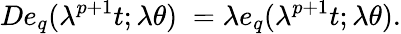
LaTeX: De_{q}(\lambda^{p+1}t;\lambda\theta)\; =\lambda e_{q}(\lambda^{p+1}t;\lambda\theta).